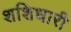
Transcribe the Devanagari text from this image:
शशिधारी